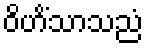
ဝိဟိံသာသညံ